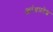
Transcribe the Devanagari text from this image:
अांध्रप्रदेश